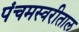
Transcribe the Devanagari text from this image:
पंचमस्वरीताल